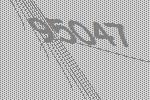
95047